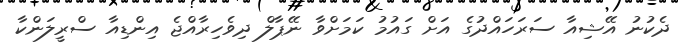
ދެކުނު އޭޝިއާ ސަރަހައްދުގެ އަށް ގައުމު ކަމަށްވާ ނޭޕާލް ދިވެހިރާއްޖެ އިންޑިއާ ސްރީލަންކާ